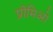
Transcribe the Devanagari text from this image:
प्रीमिओ